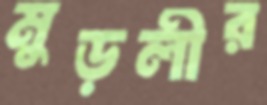
মুড়লীর